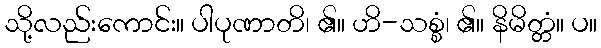
သို့လည်းကောင်း။ ပါပုဏာတိ၊ ၏။ ဟိ-သစ္စံ၊ ၏။ နိမိတ္တံ။ ပ။